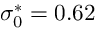
\sigma _ { 0 } ^ { * } = 0 . 6 2